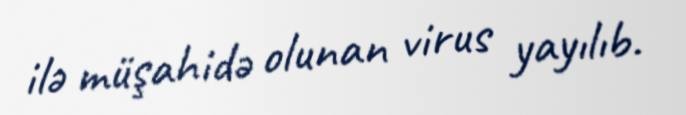
ilə müşahidə olunan virus yayılıb.